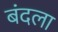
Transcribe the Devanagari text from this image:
बंदला